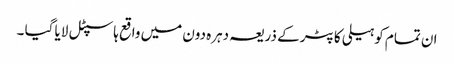
ان تمام کو ہیلی کاپٹر کے ذریعہ دہرہ دون میں واقع ہاسپٹل لایا گیا ۔